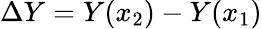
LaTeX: \Delta Y=Y(x_{2})-Y(x_{1})